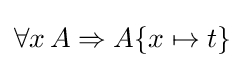
\forall x\,A\Rightarrow A\{x\mapsto t\}